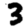
Digit: 3